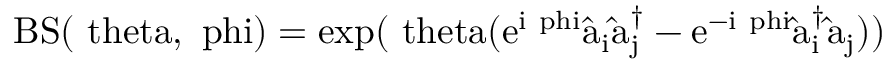
\mathrm { { B S } ( \ t h e t a , \ p h i ) = \exp ( \ t h e t a ( e ^ { i \ p h i } \hat { a _ { i } } \hat { a } _ { j } ^ { \dagger } - e ^ { - i \ p h i } \hat { a } _ { i } ^ { \dagger } \hat { a } _ { j } ) ) }